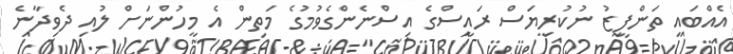
އެއްބައި ތަންފީޒު ނުކުރިޔަސް ރައީސްގެ އިސްނެންގެވުމުގެ މަތިން އެ މީހުންނަށް ލުއި ދެވިދާނެ